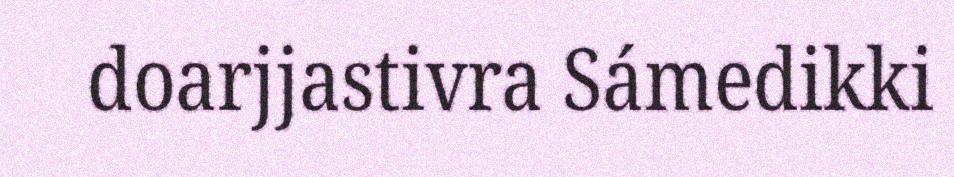
doarjjastivra Sámedikki